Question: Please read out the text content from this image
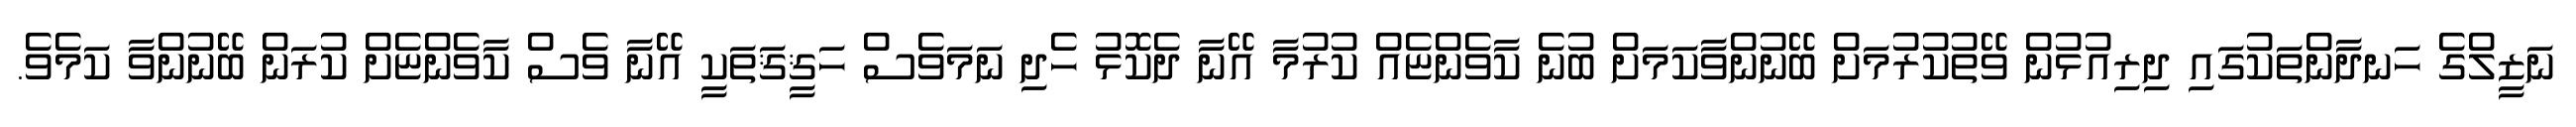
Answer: ނަޒީލްގެ ހަނދާންތަކުގައި ދިރިއުޅުން ވޭތުކުރުމަށް ބޭނުންވާކަމަށް ބުނެ ކާވެންޏެއް ކުރުމާ އޭނާ ދެކޮޅު ހެދި ނަމަވެސް ހަޤީޤަތަކީ އޭނާ ވެސް ކާވެންޏެށް ކުރަން ބޭނުންވާ ކަމެވެ.